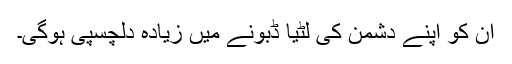
ان کو اپنے دشمن کی لٹیا ڈبونے میں زیادہ دلچسپی ہوگی۔